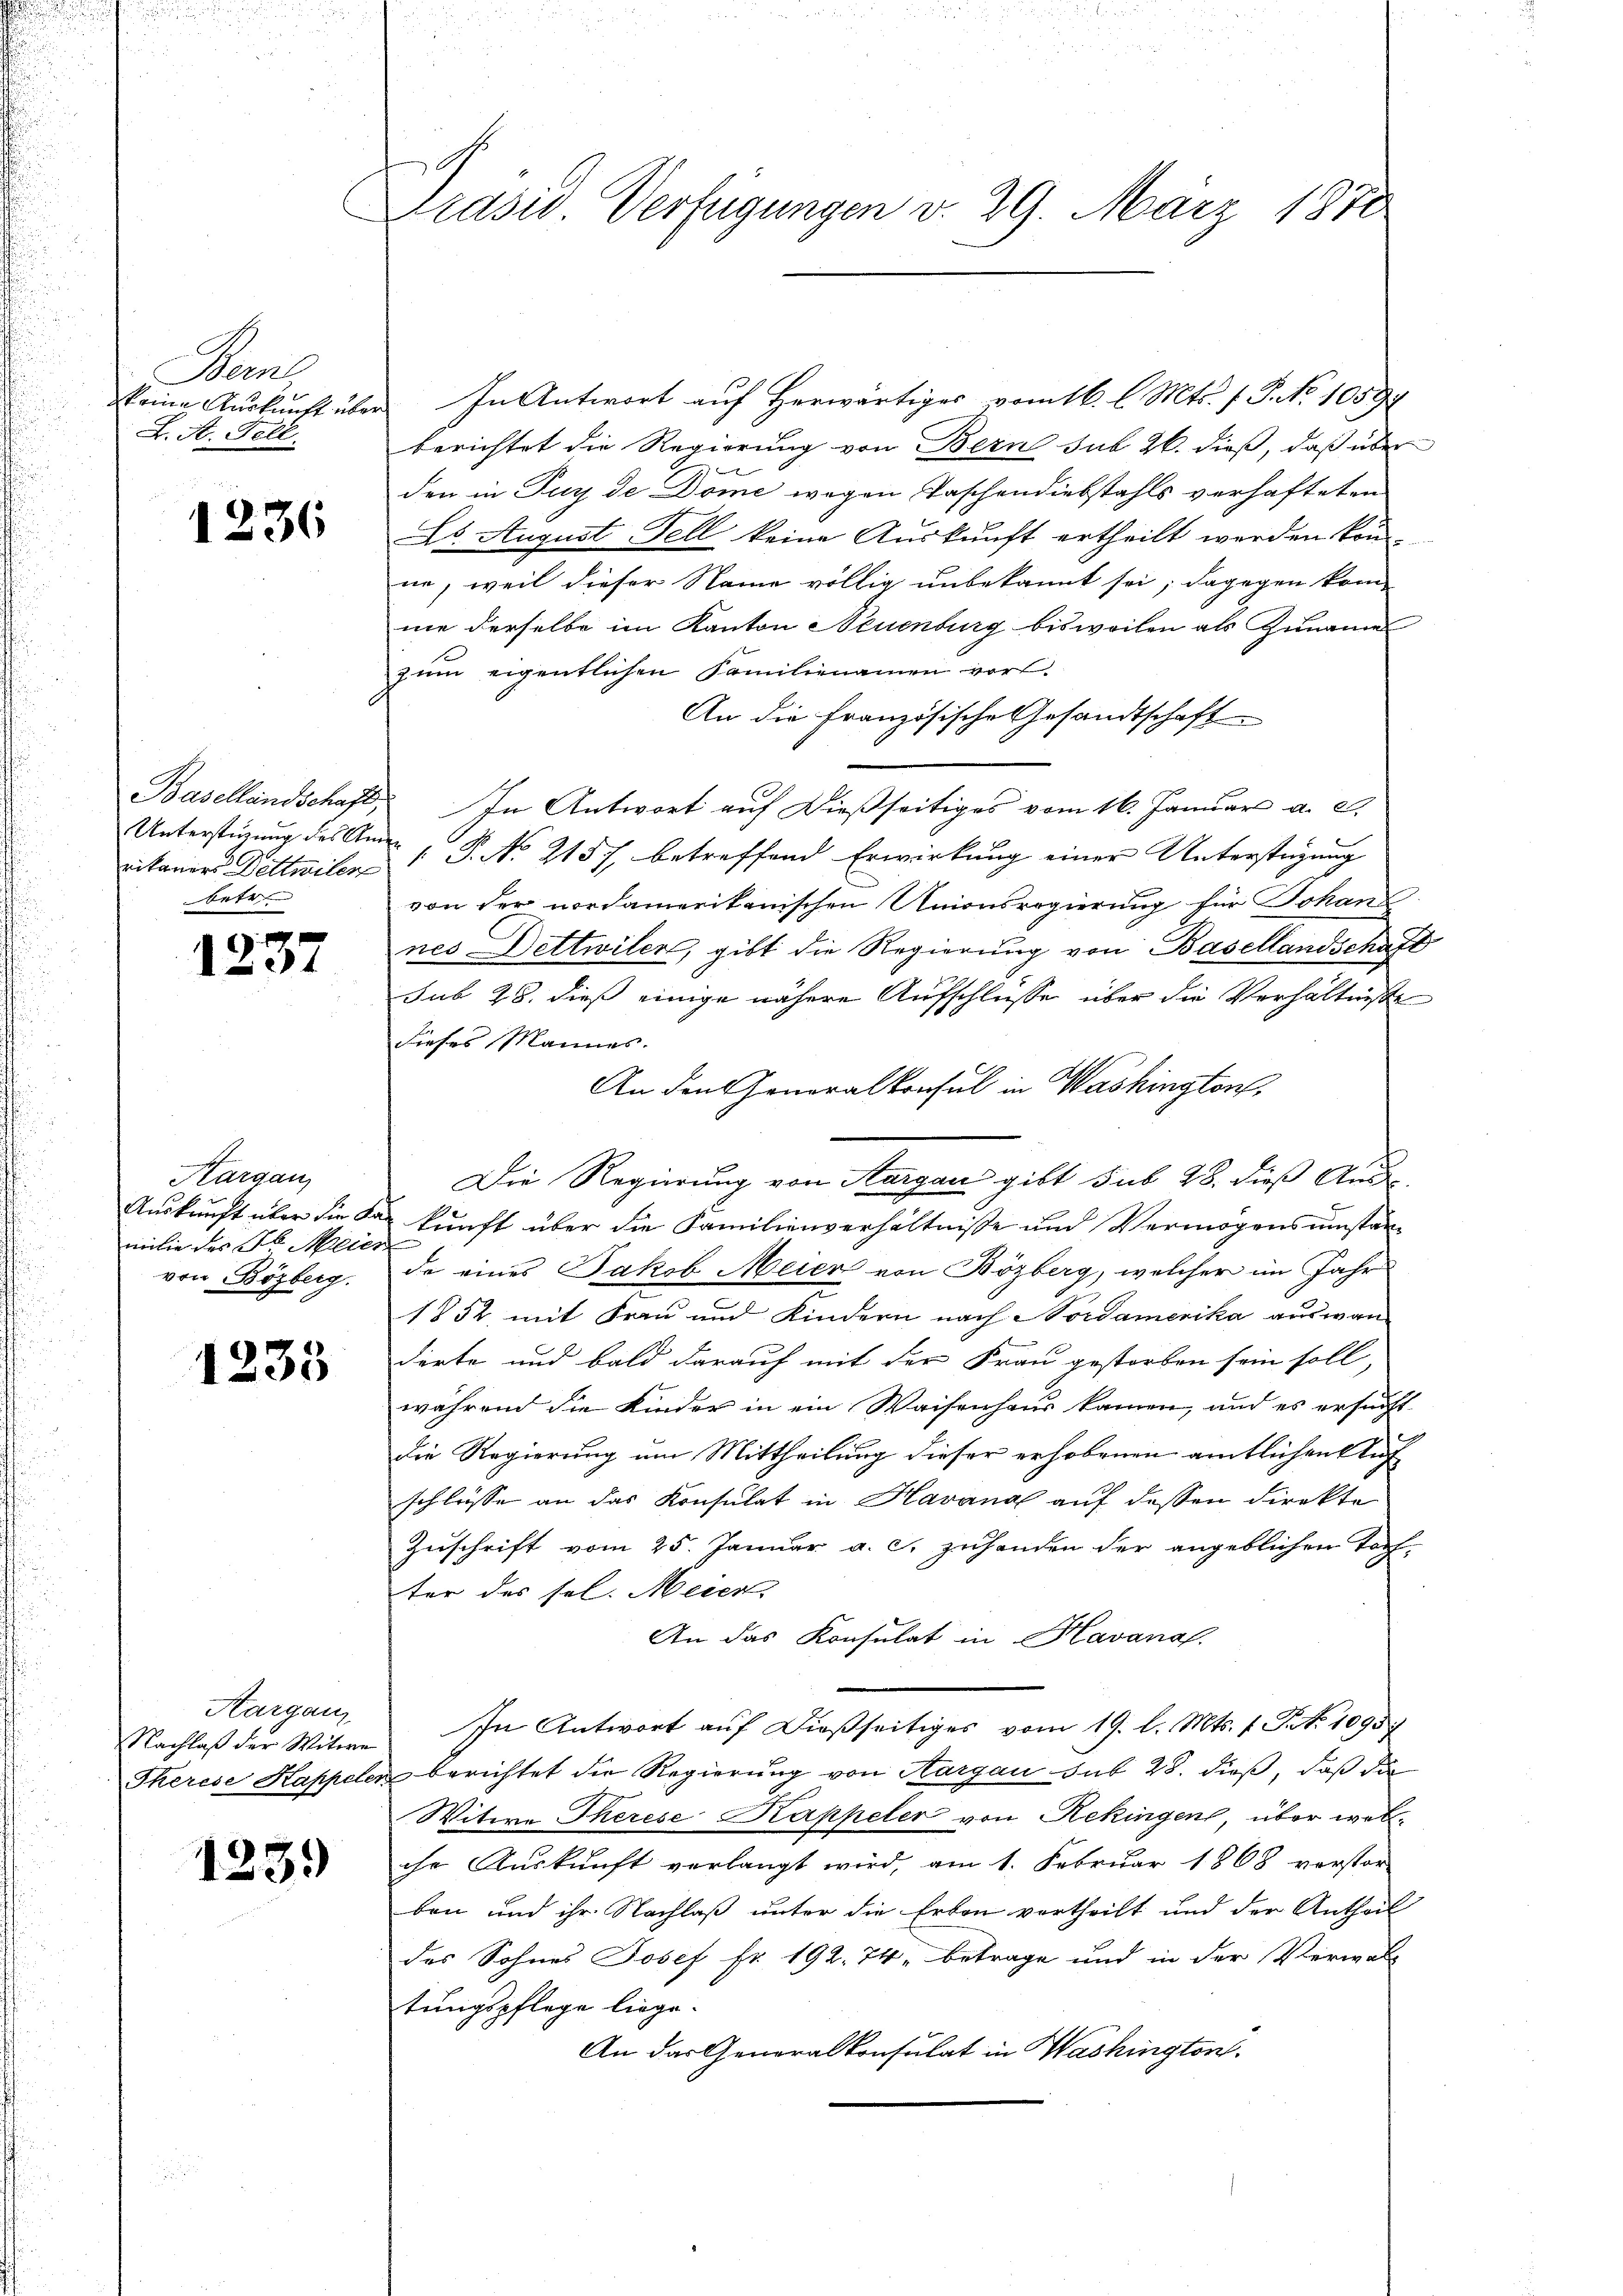
Bern,
deine Auskunft über
L. St. Fell.

1236

Basellandschaft,
Unterstüzung des Am
rikaners Dittmiles
betr

1237

Kargau
Auskunft über die Kan
milie des Jb. Meier
von Bözberg.

1233

Aarganz
Nachlaß der Witwe
Therese Kappeler

123.

Präsid. Verfügungen d. 29. März 1871

In Antwort auf Herwärtiges vom 16. l. Mts. f. P. Nr. 1059
berichtet die Regierung von Bern sub 26. dieß, daß über
S
den in Tur de Dome wegen Taschendiebstahls verhafteten
26. August Fell keine Auskunft ertheilt werden könne, weil dieser Name völlig unbekannt sei; dagegen kom-
me derselbe im Kanton Neuenburg bisweilen als Zunamen
zum eigentlichen Familienamen vor.
An die Französische Gesandtschaft
In Antwort auf dießseitiges vom 16. Januar a. c.
 P. No. 2157, betreffend Erwirkung einer Unterstüzung
von der nordamerikanischen Unionsregierung für Johan
nes Dettwiler, gibt die Regierung von Basellandschaft
sub 28. dieß einige nähere Aufschlüsse über die Verhältnisse
dieses Mannes.
An den Generalkonsul in Washington,
Die Regierung von Aargau gibt sub 28. dieß Aus
kunft über die Familienverhältnisse und Vermögens umstände eines Jakob Meier von Bözberg, welcher im Jahr
1852 mit Frau und Kindern nach Nordamerika auswan
derte und bald darauf mit der Frau gestorben sein soll,
während die Kinder in ein Waisenhaus kamen, und es ersucht
Die Regierung am Mittheilung dieser erhobenen amtlichen Auf-
schlüsse an das Konsulat in Havana auf dessen Direkte
Zuschrift vom 25. Januar a. c. zuhanden der angeblichen Torf-
ter des sol. Meier
An das Konsulat in Havanal.
In Antwort auf dießseitiges vom 19. d. Mts. f. S. 1095
berichtet die Regierung von Aargau das 28. dieß, daß die
Witwe Therese Kappeler von Rekingen, über welche Auskunft verlangt wird, am 1. Februar 1868 verstor-
ben und ihr. Nachlaß unter die Erben vertheilt und der Antheil
des Sohnes Josef Fr. 192. 74, betrage und in der Verwal-
tungspflege liege.
An das Generalkonsulat in Washington.